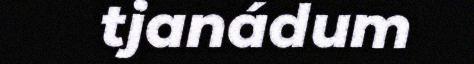
tjanádum